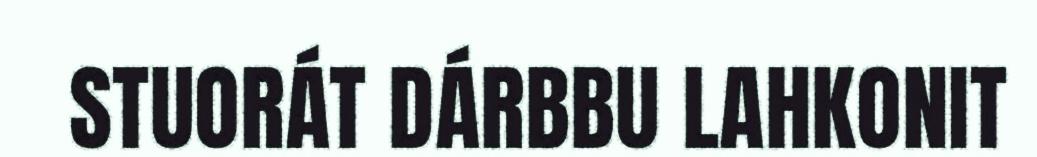
STUORÁT DÁRBBU LAHKONIT